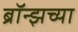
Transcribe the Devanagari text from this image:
ब्रॉन्झच्या